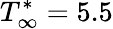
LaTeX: T_{\infty}^{*}=5.5